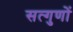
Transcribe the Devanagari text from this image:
सत्गुणों